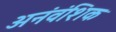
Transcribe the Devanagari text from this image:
अनंवंशिक